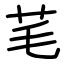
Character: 芼